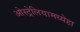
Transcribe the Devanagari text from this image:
ओस्ट्रेलियामध्येहा